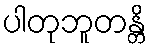
ပါတုဘူတန္တိ